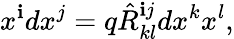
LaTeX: x^{\mathbf{i}}dx^{j}=q\hat{{R}}_{kl}^{\mathbf{i}j}dx^{k}x^{l},